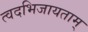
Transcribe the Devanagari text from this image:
त्वदभिजायताम्